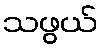
သဖွယ်